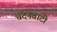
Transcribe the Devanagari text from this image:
चंदनवाटी